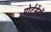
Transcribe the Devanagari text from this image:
पोर्टमेंटॉ